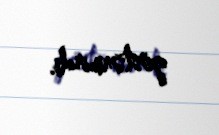
göstərmirdi.